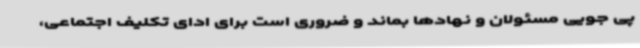
پی جویی مسئولان و نهادها بماند و ضروری است برای ادای تکلیف اجتماعی،